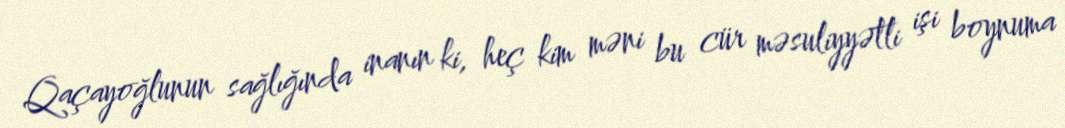
Qaçayoğlunun sağlığında inanın ki, heç kim məni bu cür məsuliyyətli işi boynuma